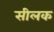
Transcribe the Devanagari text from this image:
सीलक